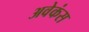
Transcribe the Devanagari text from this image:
अवेकंस